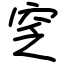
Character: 窆